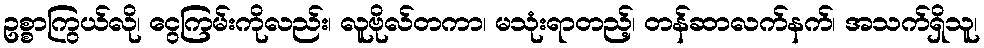
ဥစ္စာကြွယ်လို၊ ငွေကြမ်းကိုလည်း၊ လူဗိုလ်တကာ၊ မသုံးရာတည့်၊ တန်ဆာလက်နက်၊ အသက်ရှိသူ၊